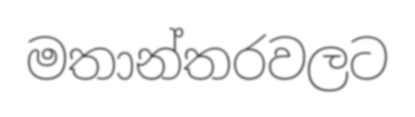
මතාන්තරවලට